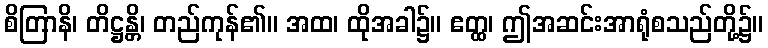
စိတြာနိ၊ တိဋ္ဌန္တိ၊ တည်ကုန်၏။ အထ၊ ထိုအခါ၌။ ဧတ္ထ၊ ဤအဆင်းအာရုံစသည်တို့၌။